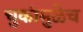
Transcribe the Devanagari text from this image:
चुकांमुळेच